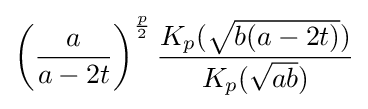
\left({\frac {a}{a-2t}}\right)^{\frac {p}{2}}{\frac {K_{p}({\sqrt {b(a-2t)}})}{K_{p}({\sqrt {ab}})}}